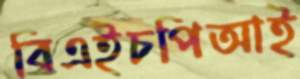
বিএইচপিআই